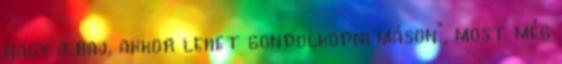
nagy a baj, akkor lehet gondolkodni máson", most még